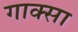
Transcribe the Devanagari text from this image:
गाक्सा